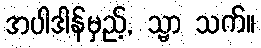
အပါဒါန်မှည့်, သ္မာ သက်။